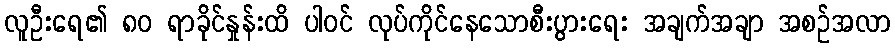
လူဦးရေ၏ ၈၀ ရာခိုင်နှုန်းထိ ပါဝင် လုပ်ကိုင်နေသောစီးပွားရေး အချက်အချာ အစဉ်အလာ